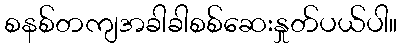
စနစ်တကျအခါခါစစ်ဆေးနှုတ်ပယ်ပါ။